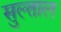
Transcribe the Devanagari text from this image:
सुल्ताल